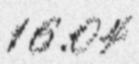
16:04